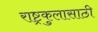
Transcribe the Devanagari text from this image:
राष्ट्रकुलासाठी